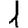
Digit: 1